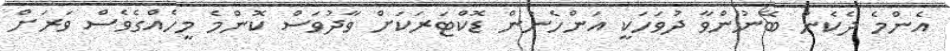
އެންމެ ދެކެން ބޭނުންވާ ދުވަހަކީ އަންހެނުން ޑޮކްޓަރަކަށް ވާދުވަސް ކޮންމެ މީހެއްގެވެސް ވަރަށް